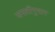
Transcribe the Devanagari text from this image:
जमातींनुसार